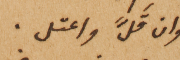
وان قَلَّ واعتل.